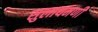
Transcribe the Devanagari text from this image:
सुलायमणी